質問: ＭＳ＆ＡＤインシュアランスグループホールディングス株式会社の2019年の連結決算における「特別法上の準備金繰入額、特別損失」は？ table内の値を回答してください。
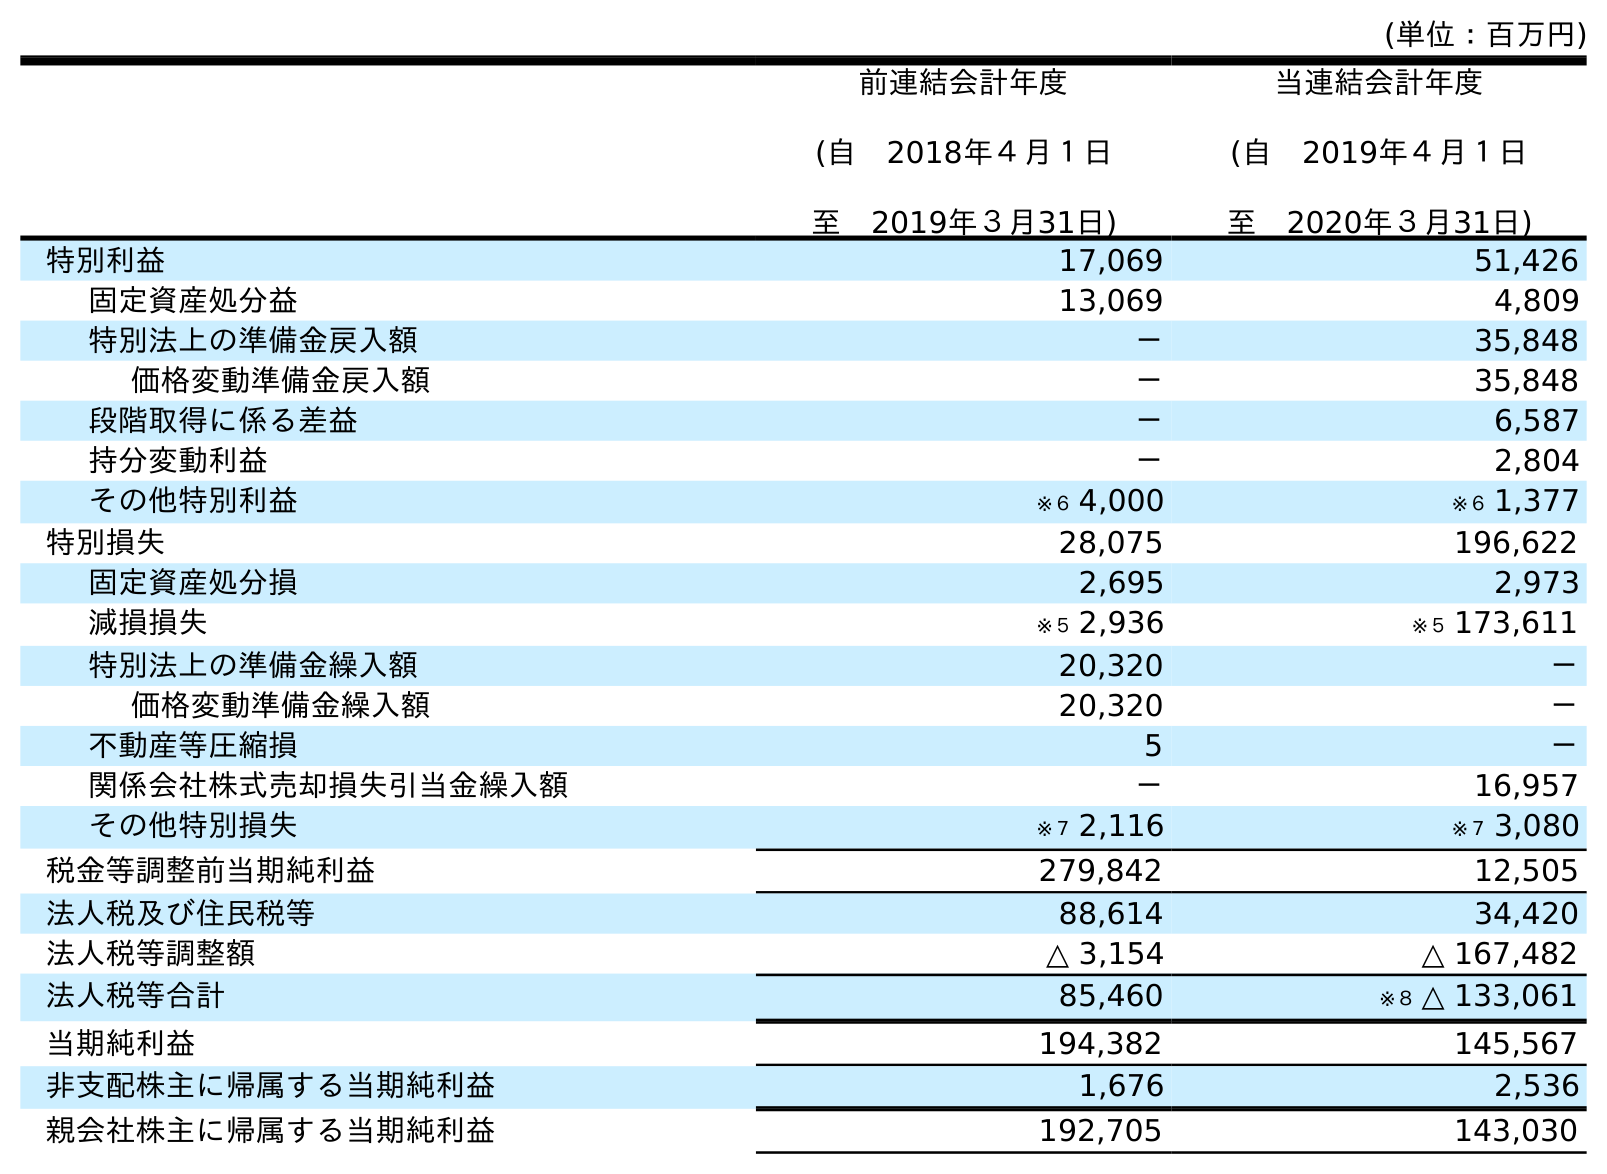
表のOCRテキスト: (単位：百万円) 前連結会計年度 (自 2018年４月１日 至 2019年３月31日) 当連結会計年度 (自 2019年４月１日 至 2020年３月31日) 特別利益 17,069 51,426 固定資産処分益 13,069 4,809 特別法上の準備金戻入額 － 35,848 価格変動準備金戻入額 － 35,848 段階取得に係る差益 － 6,587 持分変動利益 － 2,804 その他特別利益 ※６ 4,000 ※６ 1,377 特別損失 28,075 196,622 固定資産処分損 2,695 2,973 減損損失 ※５ 2,936 ※５ 173,611 特別法上の準備金繰入額 20,320 － 価格変動準備金繰入額 20,320 － 不動産等圧縮損 5 － 関係会社株式売却損失引当金繰入額 － 16,957 その他特別損失 ※７ 2,116 ※７ 3,080 税金等調整前当期純利益 279,842 12,505 法人税及び住民税等 88,614 34,420 法人税等調整額 △ 3,154 △ 167,482 法人税等合計 85,460 ※８ △ 133,061 当期純利益 194,382 145,567 非支配株主に帰属する当期純利益 1,676 2,536 親会社株主に帰属する当期純利益 192,705 143,030
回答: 20,320